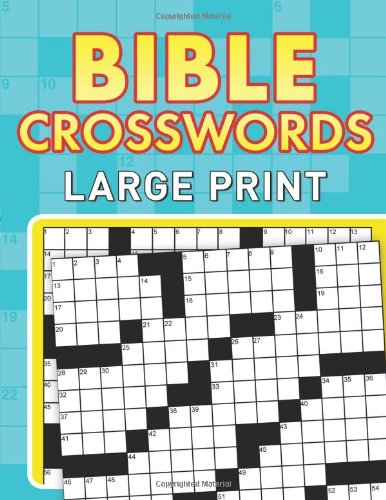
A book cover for Bible Crosswords--Large Print; Compiled by Barbour Staff; Humor & Entertainment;